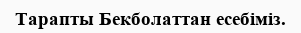
Тарапты Бекболаттан есебіміз.